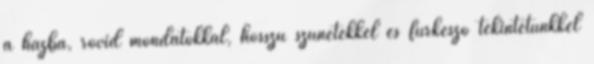
a házba, rövid mondatokkal, hosszú szünetekkel és fürkésző tekintetünkkel